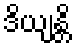
ဒိယျန္တိ